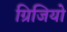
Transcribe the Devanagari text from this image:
ग्रिजियो